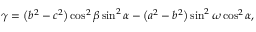
\gamma = { \bigl ( } b ^ { 2 } - c ^ { 2 } { \bigr ) } \cos ^ { 2 } \beta \sin ^ { 2 } \alpha - { \bigl ( } a ^ { 2 } - b ^ { 2 } { \bigl ) } \sin ^ { 2 } \omega \cos ^ { 2 } \alpha ,